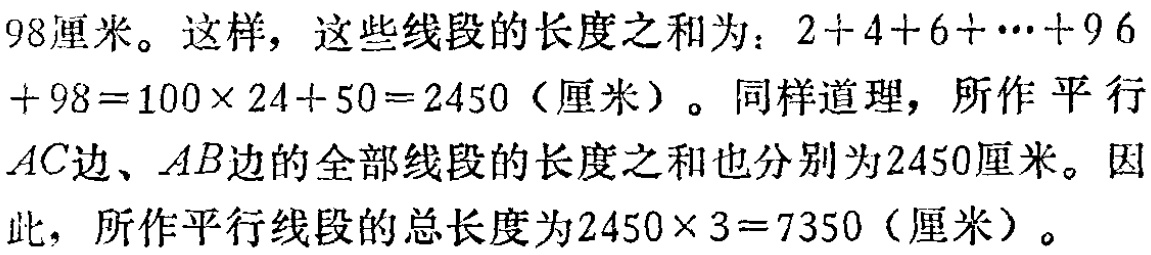
98厘米。这样，这些线段的长度之和为：\(2 + 4 + 6 + \cdots + 96+ 98 = 100\times24 + 50 = 2450\)（厘米）。同样道理，所作平行\(AC\)边、\(AB\)边的全部线段的长度之和也分别为2450厘米。因此，所作平行线段的总长度为\(2450\times3 = 7350\)（厘米）。